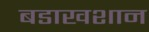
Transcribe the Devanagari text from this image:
बडाखशान